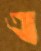
এ